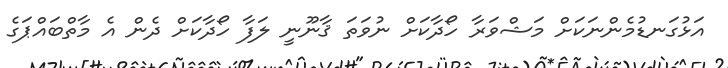
އަޅުގަނޑުމެންނަކަށް މަޝްވަރާ ހޯދާކަށް ނުވަތަ ޤާނޫނީ ލަފާ ހޯދާކަށް ދެން އެ މާތްބައްޕަގެ